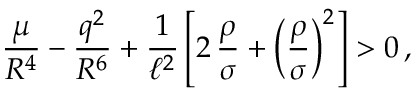
\frac { \mu } { R ^ { 4 } } - \frac { q ^ { 2 } } { R ^ { 6 } } + \frac { 1 } { \ell ^ { 2 } } \left[ 2 \, \frac { \rho } { \sigma } + \left( \frac { \rho } { \sigma } \right) ^ { 2 } \right] > 0 \, ,